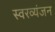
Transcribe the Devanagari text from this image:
स्वरव्यंजन